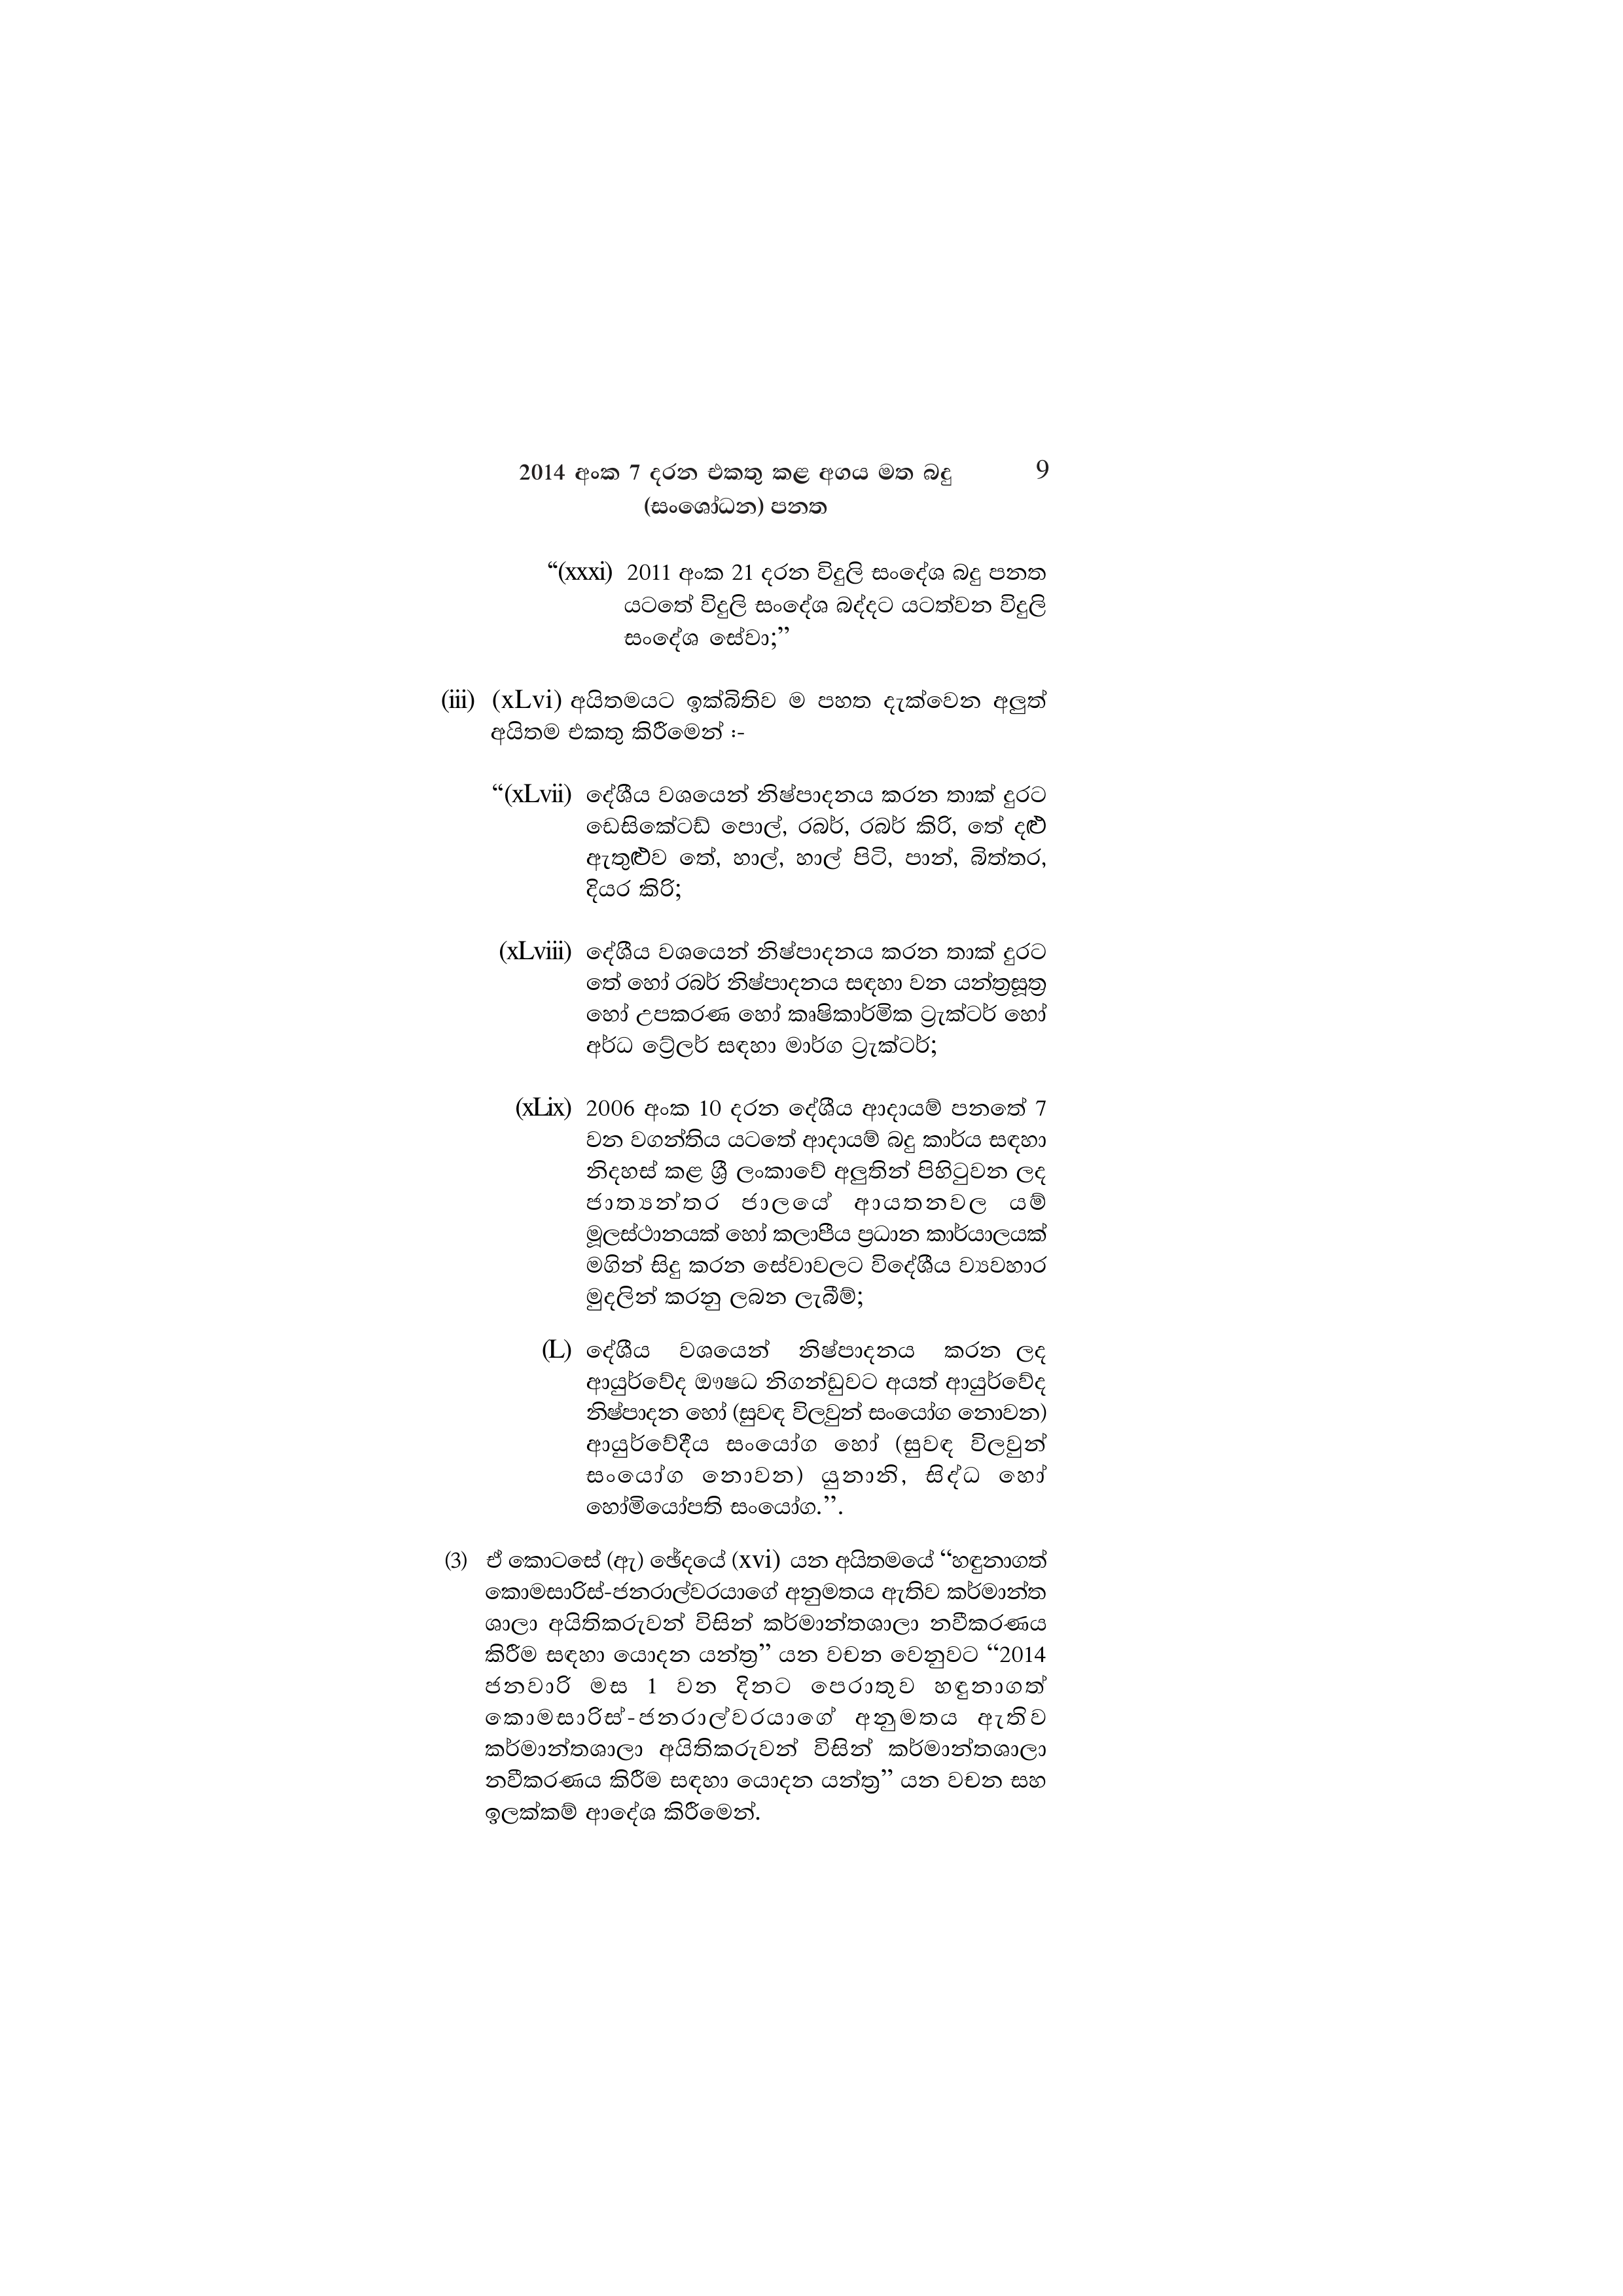
2014 අංක 7 දරන එකතු කළ අගය මත බදු 9
(සංශෝධන) පනත

“(xxxi) 2011 අංක 21 දරන විදුලි සංදේශ බදු පනත
යටතේ විදුලි සංදේශ බද්දට යටත්වන විදුලි
සංදේශ සේවා;”

(iii) (xLvi) අයිතමයට ඉක්බිතිව ම පහත දැක්වෙන අලුත්
අයිතම එකතු කිරීමෙන් :-

“(xLvii) දේශීය වශයෙන් නිෂ්පාදනය කරන තාක් දුරට
ඩෙසිකේටඩ් පොල්, රබර්, රබර් කිරි, තේ දළු
ඇතුළුව තේ, හාල්, හාල් පිටි, පාන්, බිත්තර,
දියර කිරි;

(xLviii) දේශීය වශයෙන් නිෂ්පාදනය කරන තාක් දුරට
තේ හෝ රබර් නිෂ්පාදනය සඳහා වන යන්ත්‍රසූත්‍ර
හෝ උපකරණ හෝ කෘෂිකාර්මික ට්‍රැක්ටර් හෝ
අර්ධ ට්‍රේලර් සඳහා මාර්ග ට්‍රැක්ටර්;

(xLix) 2006 අංක 10 දරන දේශීය ආදායම් පනතේ 7
වන වගන්තිය යටතේ ආදායම් බදු කාර්ය සඳහා
නිදහස් කළ ශ්‍රී ලංකාවේ අලුතින් පිහිටුවන ලද
ජාත්‍යන්තර ජාලයේ ආයතනවල යම්
මූලස්ථානයක් හෝ කලාපීය ප්‍රධාන කාර්යාලයක්
මගින් සිදු කරන සේවාවලට විදේශීය ව්‍යවහාර
මුදලින් කරනු ලබන ලැබීම්;

(L) දේශීය වශයෙන් නිෂ්පාදනය කරන ලද
ආයුර්වේද ඖෂධ නිගන්ඩුවට අයත් ආයුර්වේද
නිෂ්පාදන හෝ (සුවඳ විලවුන් සංයෝග නොවන)
ආයුර්වේදීය සංයෝග හෝ (සුවඳ විලවුන්
සංයෝග නොවන) යුනානි, සිද්ධ හෝ
හෝමියෝපති සංයෝග.”.

(3) ඒ කොටසේ (ඇ) ඡේදයේ (xvi) යන අයිතමයේ “හඳුනාගත්
කොමසාරිස්-ජනරාල්වරයාගේ අනුමතය ඇතිව කර්මාන්ත
ශාලා අයිතිකරුවන් විසින් කර්මාන්තශාලා නවීකරණය
කිරීම සඳහා යොදන යන්ත්‍ර” යන වචන වෙනුවට “2014
ජනවාරි මස 1 වන දිනට පෙරාතුව හඳුනාගත්
කොමසාරිස්-ජනරාල්වරයාගේ අනුමතය ඇතිව
කර්මාන්තශාලා අයිතිකරුවන් විසින් කර්මාන්තශාලා
නවීකරණය කිරීම සඳහා යොදන යන්ත්‍ර” යන වචන සහ
ඉලක්කම් ආදේශ කිරීමෙන්.